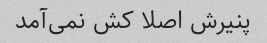
پنیرش اصلا کش نمی‌آمد